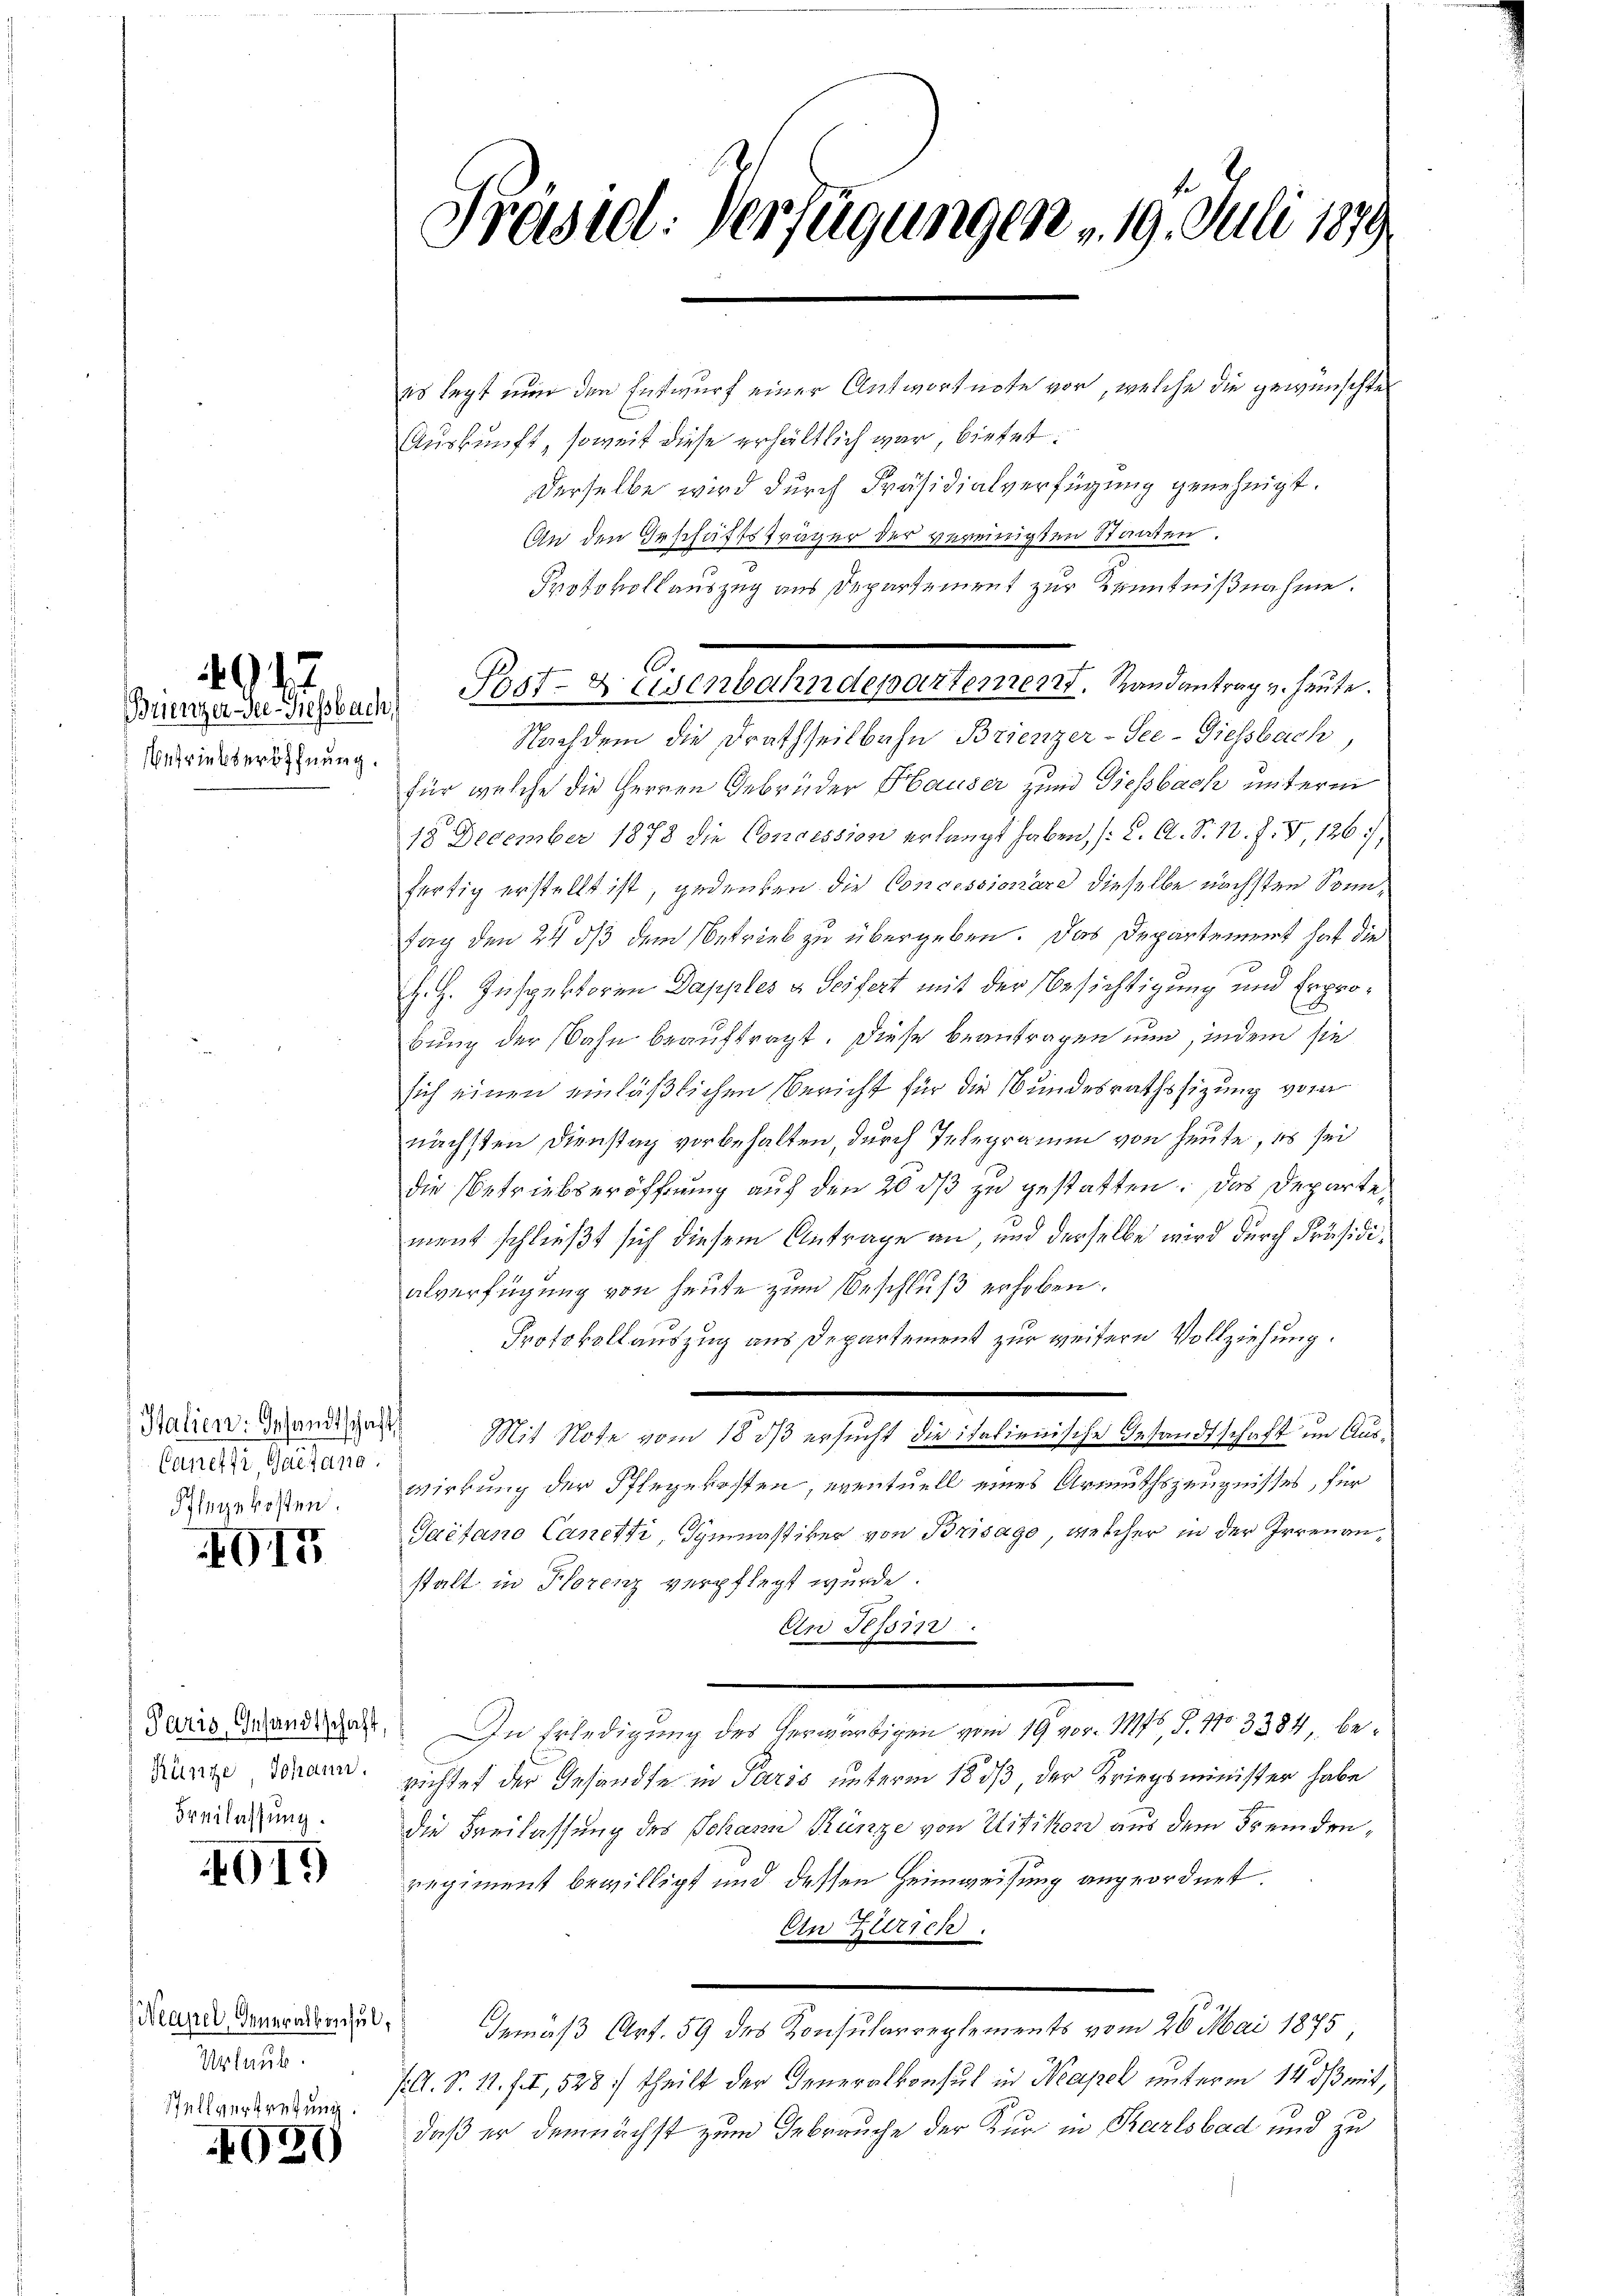
4947

etriebseröffnung.

Caneffi Gaetan.
Pflegekosten.

G15

Rünze, Johann.
Freilassung.

4019

Urlaub.
Stellvertretung.

4030

Präsid. Verfügungen 19. Juli 1879

es legt nun den Entwurf einer Antwortnote vor, welche die gewünschten
Auskunft, soweit diese erhältlich war, bietet:
derselbe wird durch Präsidialverfügung genehmigt.
An den Geschäftsträger der vereinigten Staaten.
Protokollauszug aus Departement zur Kenntnißnahme.
Nachdem die Drathseitbahn Brienzer-See-Giessbach,
für welche die Herren Gebrüder Hauser zum Diessbach unterm
18 December 1878 die Concession erlangt haben, (C. A. S. 12. J. V, 1267),
fertig erstellt ist, gedenken die Concessionäre dieselbe nächsten Sonntag den 24 dß dem Betrieb zu übergeben. Das Departement hat die
H. H. Inspektoren Dapples & Seifert mit der Besichtigung und Erpro¬
D
bung der Bahn beauftragt. Diese beantragen nun, indem sie
sich einen einläßlichen Bericht für die Bundesrathssizung vor
nächsten Dienstag vorbehalten, durch Telegramm von heute, es sei
die Betriebseröffnung auf den 20 dß zu gestatten. Das Departement schließt sich diesem Antrage an, und derselbe wird durch Präsidialverfügung von heute zum Beschluß erhoben.
Protokollauszug aus Departement zur weitern Vollziehung.
Halien: Grand gest. Mit Note vom 18 dß ersucht die italienische Gesandtschaft im Auswirkung der Pflegekosten, eventuell eines Armuthszeugnisses, für
Gaetano Canetti, Gymnastiker von Brisage, welcher in der Irrenanstalt in Florenz verpflegt wurde.
An Tessin.
Juris Grandigen. In Erledigung des Verwarbigen vom 19. vor. 176, S. 11. 3384, berichtet der Gesandte in Paris unterm 18. ds, der Kriegsminister habe
die Freilassung des Johann Künze von Uitikon aus dem Fremdenregiment bewilligt und dessen Heimweisung angeordnet.
An Zürich.
Neure dennendende Gemäß Art. 59 des Konsularreglements vom 26. Mai 1875
/A. S. 11. II, 528.) theilt der Generalkonsul in Neapel unterm 14. ds mit,
daß er demnächst zum Gebrauche der Kur in Karlsbad und zu

Biunza se insbach Post- & Eisenbahndepartement. Randantrag v. heute.